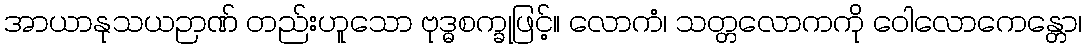
အာယာနုသယဉာဏ် တည်းဟူသော ဗုဒ္ဓစက္ခုဖြင့်။ လောကံ၊ သတ္တလောကကို ဝေါလောကေန္တော၊